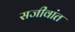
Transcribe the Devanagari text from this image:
सजीवांत